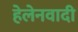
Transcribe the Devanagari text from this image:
हेलेनवादी